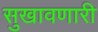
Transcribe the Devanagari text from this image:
सुखावणारी